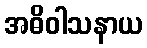
အဓိဝါသနာယ